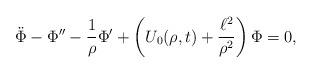
LaTeX: \begin{align*} \ddot\Phi - \Phi'' - \frac{1}{\rho}\Phi' + \left( U_0(\rho,t) + \frac{\ell^2}{\rho^2}\right)\Phi = 0,\end{align*}